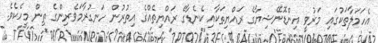
އެހަމަލާތަކުގައި މަރުވީ އިންޑޮނޭޝިޔާގެ ރައްޔިތަކާއި ކެނެޑާގެ ރައްޔިތެއްގެ އިތުރުން ހަނގުރާމަވެރިންގެ ތިން މީހެކެވެ.